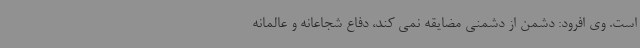
است. وی افرود: دشمن از دشمنی مضایقه نمی کند، دفاع شجاعانه و عالمانه